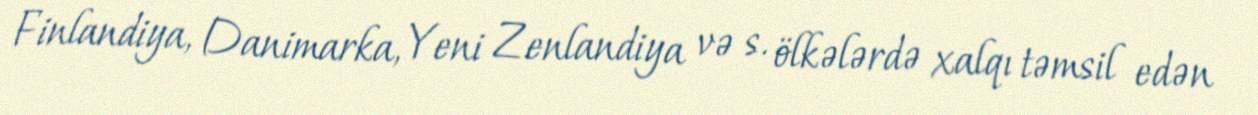
Finlandiya, Danimarka, Yeni Zenlandiya və s. ölkələrdə xalqı təmsil edən